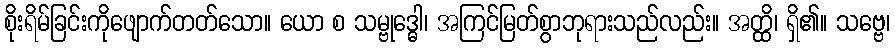
စိုးရိမ်ခြင်းကိုဖျောက်တတ်သော။ ယော စ သမ္ဗုဒ္ဓေါ၊ အကြင်မြတ်စွာဘုရားသည်လည်း။ အတ္ထိ၊ ရှိ၏။ သဗ္ဗေ၊